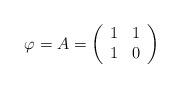
LaTeX: \begin{align*}\varphi=A=\left( \begin{array}{cc} 1 & 1 \\ 1 & 0 \end{array} \right)\end{align*}